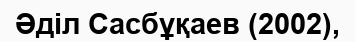
Әділ Сасбұқаев (2002),